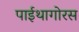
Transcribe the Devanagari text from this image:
पाईथागोरस